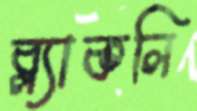
ব্ল্যাকলি